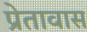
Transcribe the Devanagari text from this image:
प्रेतावास